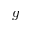
g